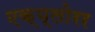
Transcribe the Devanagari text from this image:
एक्प्लोरर